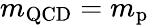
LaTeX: m_{\mathrm{QCD}}=m_{\mathrm{p}}